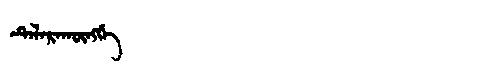
Manchu: ᡨᡝᠯᠠᡵᠠᡴᡡᠩᡤᡝ
Romanization: TELARAKŪNGGE